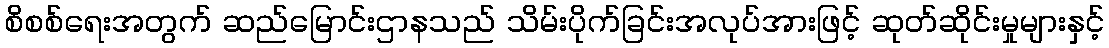
စိစစ်ရေးအတွက် ဆည်မြောင်းဌာနသည် သိမ်းပိုက်ခြင်းအလုပ်အားဖြင့် ဆုတ်ဆိုင်းမှုများနှင့်